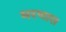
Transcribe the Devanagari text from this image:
मरणास